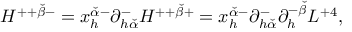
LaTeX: H ^ { + + { \breve { \beta } } - } = x _ { h } ^ { { \breve { \alpha } } - } \partial _ { h { \breve { \alpha } } } ^ { - } H ^ { + + { \breve { \beta } } + } = x _ { h } ^ { { \breve { \alpha } } - } \partial _ { h { \breve { \alpha } } } ^ { - } \partial _ { h } ^ { - { \breve { \beta } } } { \cal L } ^ { + 4 } ,